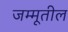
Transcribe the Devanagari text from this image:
जम्मूतील